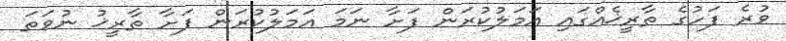
ވުރެ ފަހުގެ ތާރީޚެއްގައި އަމަލުކުރަން ފަށާ ނަމަ އަމަލުކުރަން ފަށާ ތާރީޚު ނުވަތަ